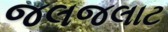
જલજલાટ